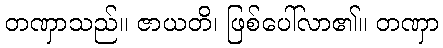
တဏှာသည်။ ဇာယတိ၊ ဖြစ်ပေါ်လာ၏။ တဏှာ